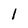
Character: 1